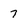
Character: 7